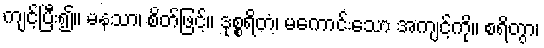
ကျင့်ပြီး၍။ မနသာ၊ စိတ်ဖြင့်။ ဒုစ္စရိတံ၊ မကောင်းသော အကျင့်ကို။ စရိတွာ၊